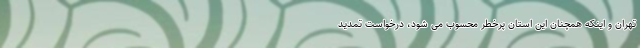
تهران و اینکه همچنان این استان پرخطر محسوب می شود، درخواست تمدید